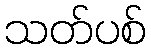
သတ်ပစ်